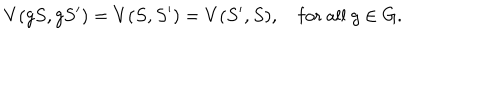
V ( g S , g S ^ { \prime } ) = V ( S , S ^ { \prime } ) = V ( S ^ { \prime } , S ) , ~ \mathrm { f o r ~ a l l } ~ g \in G .